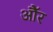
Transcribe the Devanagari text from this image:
औॅर